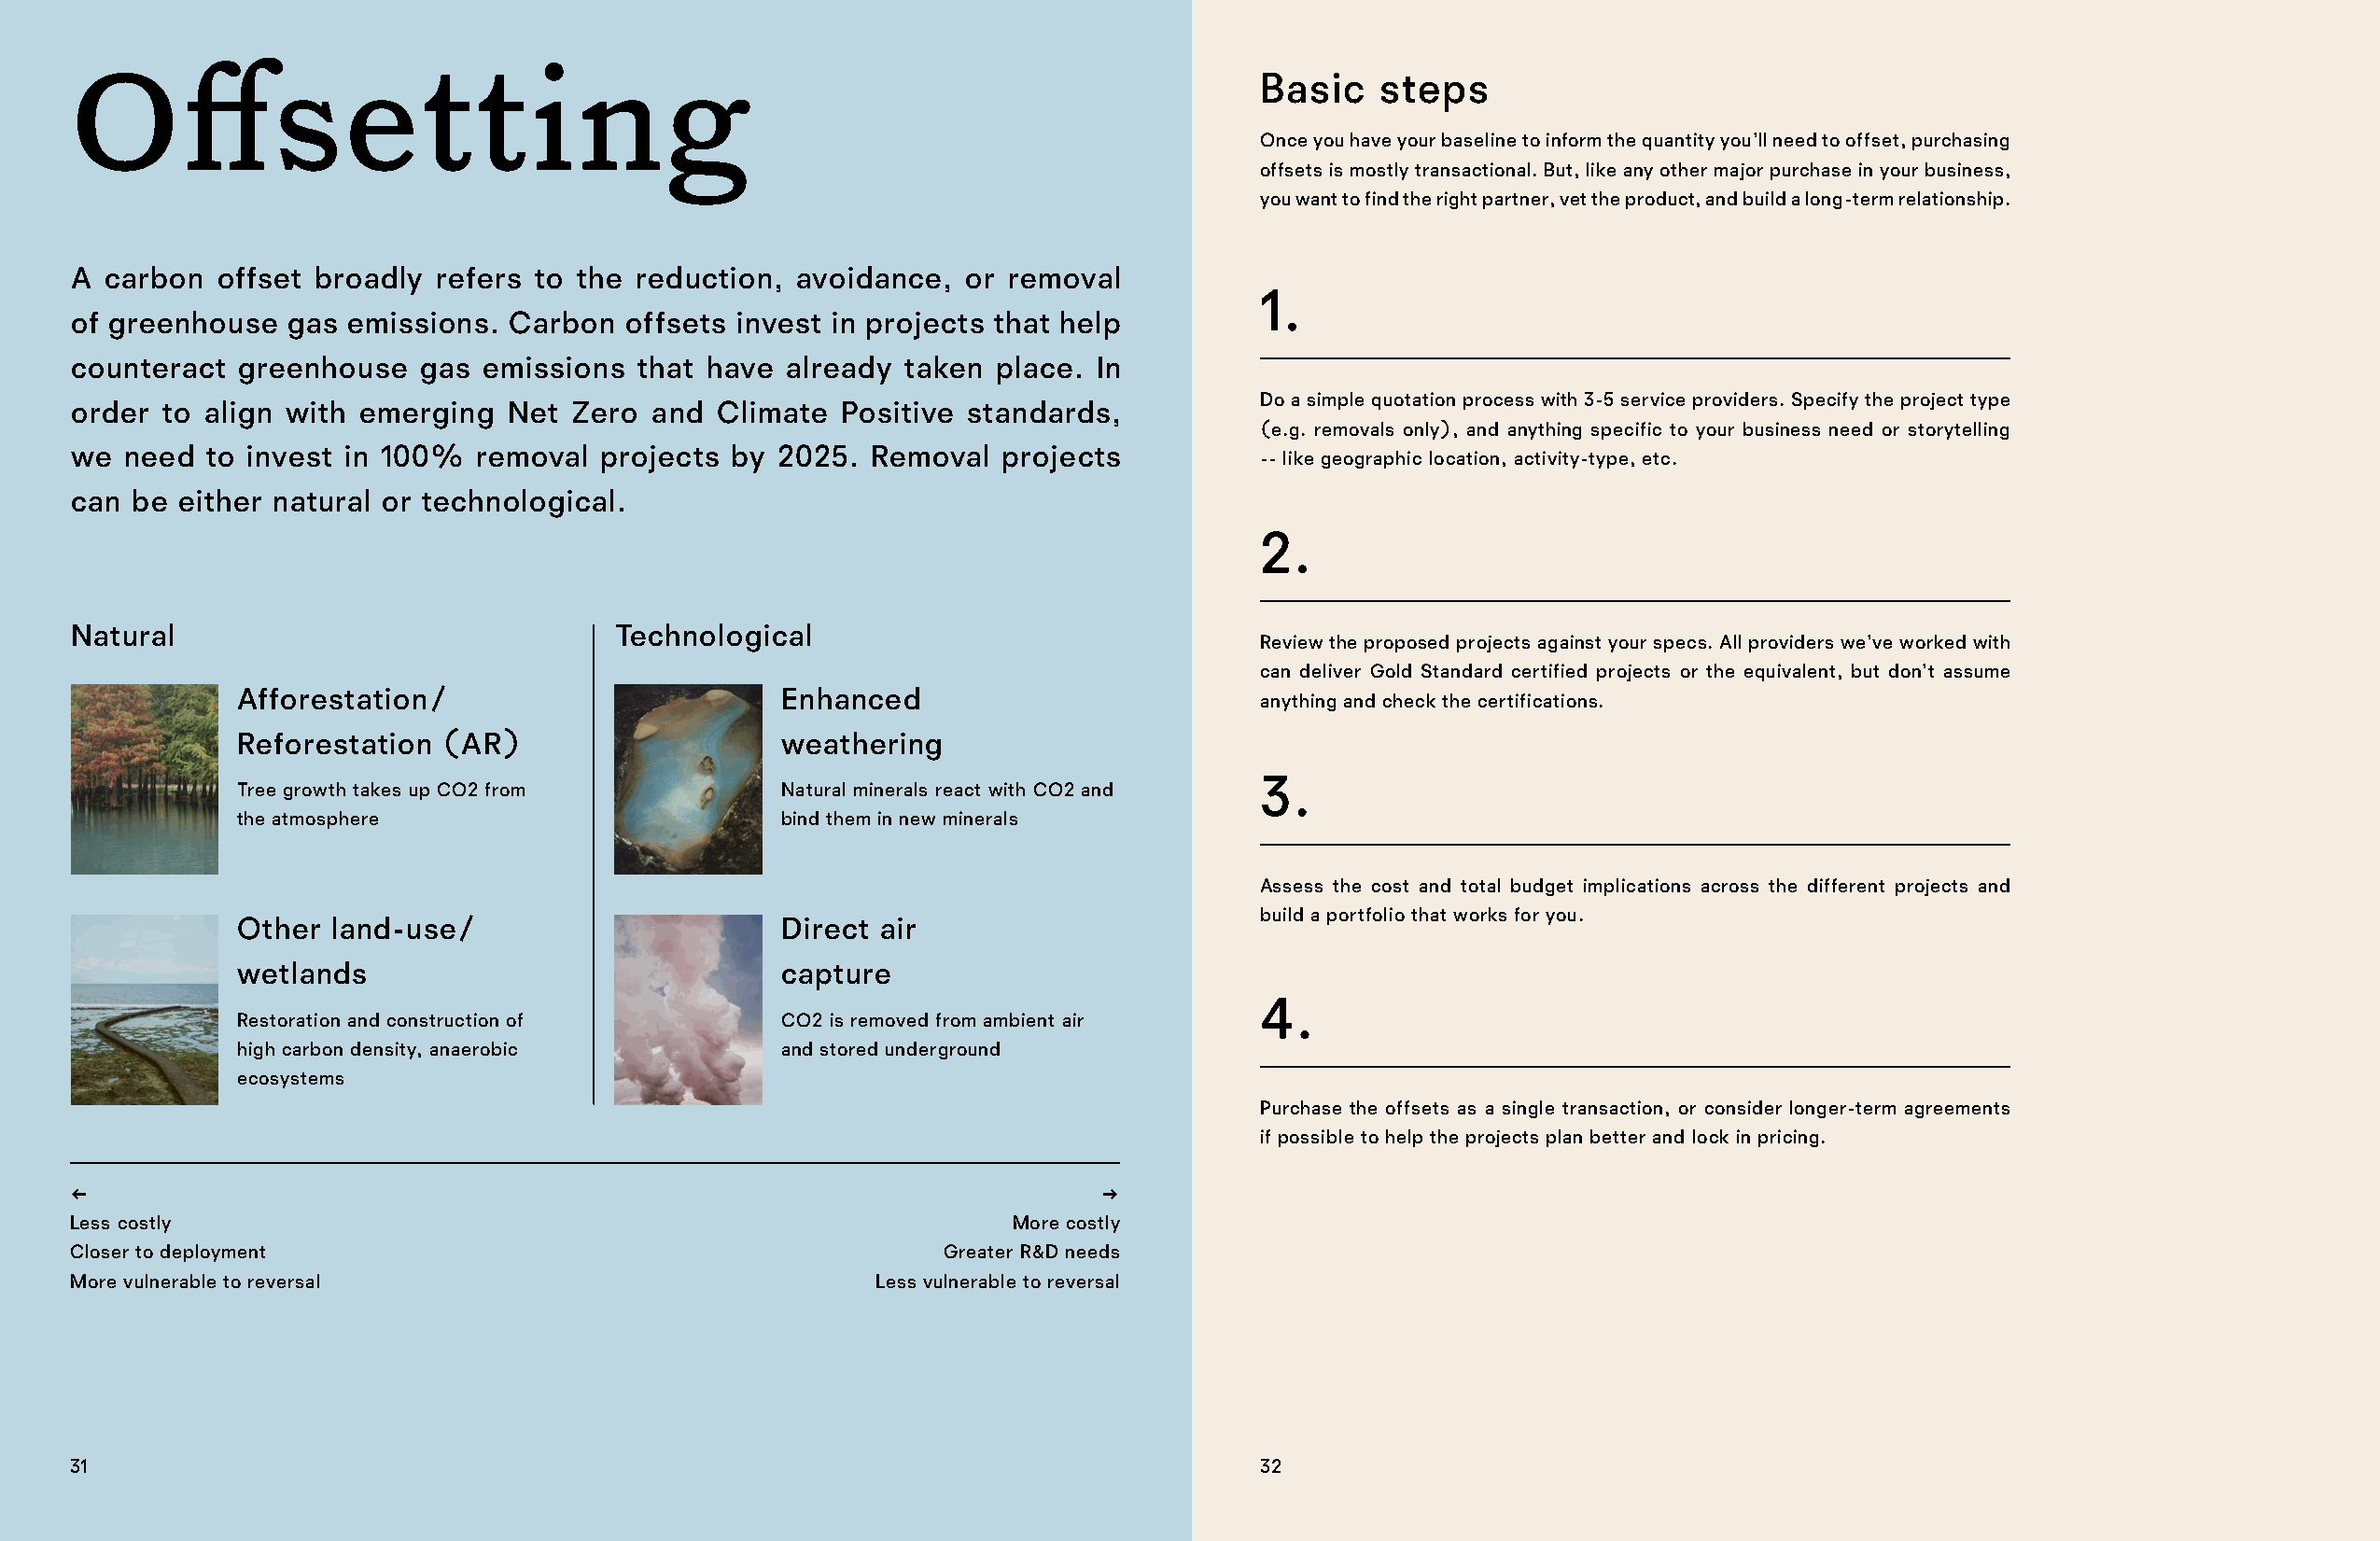
Offsetting                                                                          Basic    steps
 Once you have your baseline to inform the quantity you’ll need to offset, purchasing
 offsets is mostly transactional. But, like any other major purchase in your business,
 you want to find the right partner, vet the product, and build a long-term relationship.
 A carbon  offset broadly  refers to the reduction, avoidance,   or removal
 1.
 of greenhouse  gas  emissions. Carbon  offsets invest in projects that help
 counteract  greenhouse   gas emissions  that have  already taken  place. In
 Do a simple quotation process with 3-5 service providers. Specify the project type
 order  to align with emerging  Net  Zero and  Climate  Positive standards,
 (e.g. removals only), and anything specific to your business need or storytelling
 we  need  to invest in 100%  removal  projects by 2025.  Removal  projects
 -- like geographic location, activity-type, etc.
 can be  either natural or technological.
 2.
 Natural                                Technological
 Review the proposed projects against your specs. All providers we’ve worked with
 can deliver Gold Standard certified projects or the equivalent, but don’t assume
 Afforestation/                        Enhanced
 anything and check the certifications.
 Reforestation (AR)                    weathering
 3.
 Tree growth takes up CO2 from         Natural minerals react with CO2 and
 the atmosphere                        bind them in new minerals
 Assess the cost and total budget implications across the different projects and
 build a portfolio that works for you.
 Other  land-use/                      Direct air
 wetlands                              capture
 4.
 Restoration and construction of       CO2 is removed from ambient air
 high carbon density, anaerobic        and stored underground
 ecosystems
 Purchase the offsets as a single transaction, or consider longer-term agreements
 if possible to help the projects plan better and lock in pricing.
 ←                                                                        →
 Less costly                                                        More costly
 Closer to deployment                                          Greater R&D needs
 More vulnerable to reversal                              Less vulnerable to reversal
 31                                                                                  32